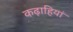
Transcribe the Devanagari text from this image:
कढ़ाहियां